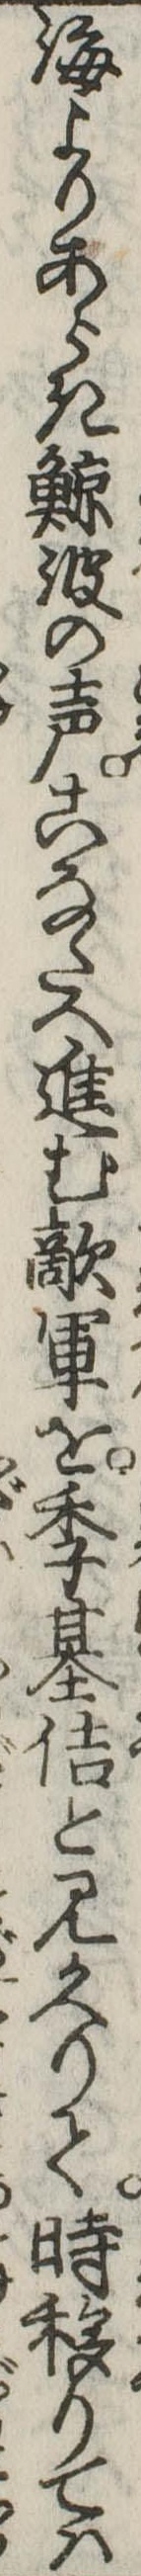
海よりあらき鯨波の声こなたへ進む敵軍を季基佶と見かへりて時移りては